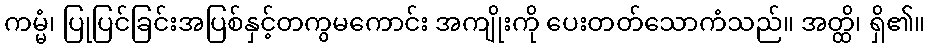
ကမ္မံ၊ ပြုပြင်ခြင်းအပြစ်နှင့်တကွမကောင်း အကျိုးကို ပေးတတ်သောကံသည်။ အတ္ထိ၊ ရှိ၏။